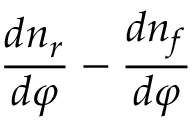
{ \frac { d n _ { r } } { d \varphi } } - { \frac { d n _ { f } } { d \varphi } }